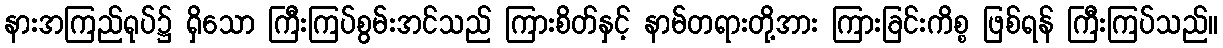
နားအကြည်ရုပ်၌ ရှိသော ကြီးကြပ်စွမ်းအင်သည် ကြားစိတ်နှင့် နာမ်တရားတို့အား ကြားခြင်းကိစ္စ ဖြစ်ရန် ကြီးကြပ်သည်။